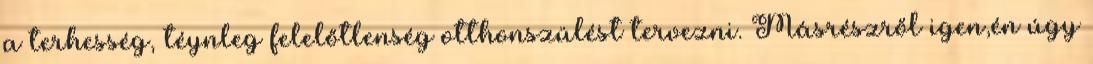
a terhesség, téynleg felelőtlenség otthonszülést tervezni. Másrészről igen,én úgy